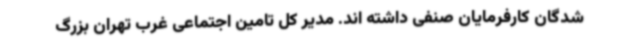
شدگان کارفرمایان صنفی داشته اند. مدیر کل تامین اجتماعی غرب تهران بزرگ